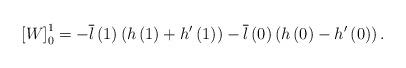
LaTeX: \begin{align*}\left[W\right]_{0}^{1}=-\overline{l}\left(1\right)\left(h\left(1\right)+h'\left(1\right)\right)-\overline{l}\left(0\right)\left(h\left(0\right)-h'\left(0\right)\right).\end{align*}